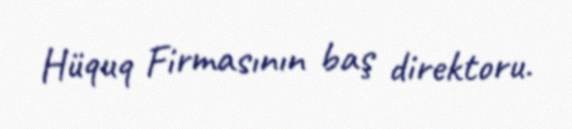
Hüquq Firmasının baş direktoru.